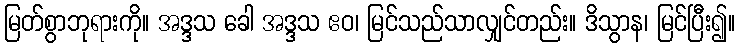
မြတ်စွာဘုရားကို။ အဒ္ဒသ ခေါ အဒ္ဒသ ဧဝ၊ မြင်သည်သာလျှင်တည်း။ ဒိသွာန၊ မြင်ပြီး၍။